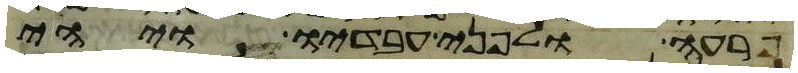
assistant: פרעה ולפני עבדיו ויהי